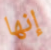
إنها